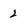
Character: 2